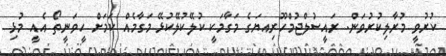
ކުރުވީ މުރާލިކުރުވަން. ރައީސުލްޖުމްހޫރިއޔަގެ މަގާމަކީ ކުލޭކުލޭކުޅޭ މަގާމެއް ކަމަށް ހީވަނީތޯ އެއީ މުޅި